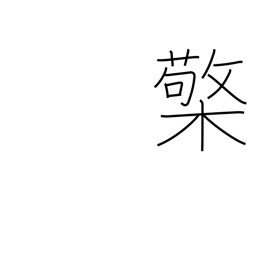
Meaning: lamp stand